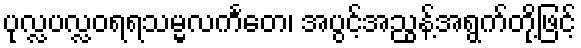
ပုလ္လပလ္လဝရရသမ္မလင်္ကတေ၊ အပွင့်အညွန့်အရွက်တို့ဖြင့်